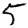
Digit: 5